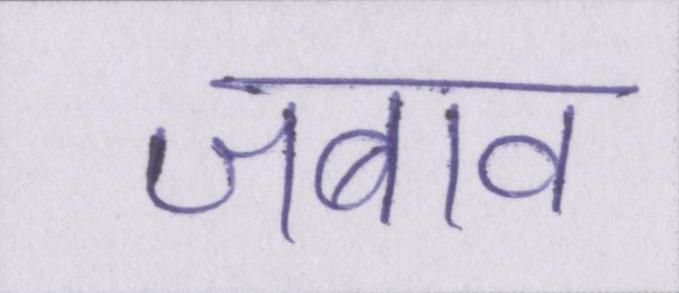
जबाव